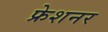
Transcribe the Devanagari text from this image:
फ्रेशनर